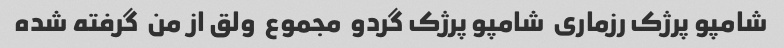
شامپو پرژک رزماری  شامپو پرژک گردو  مجموع  ولق از من  گرفته شده